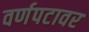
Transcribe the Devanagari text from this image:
वर्णपटावर